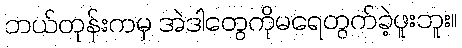
ဘယ်တုန်းကမှ အဲဒါတွေကိုမရေတွက်ခဲ့ဖူးဘူး။